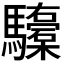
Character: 𮪞